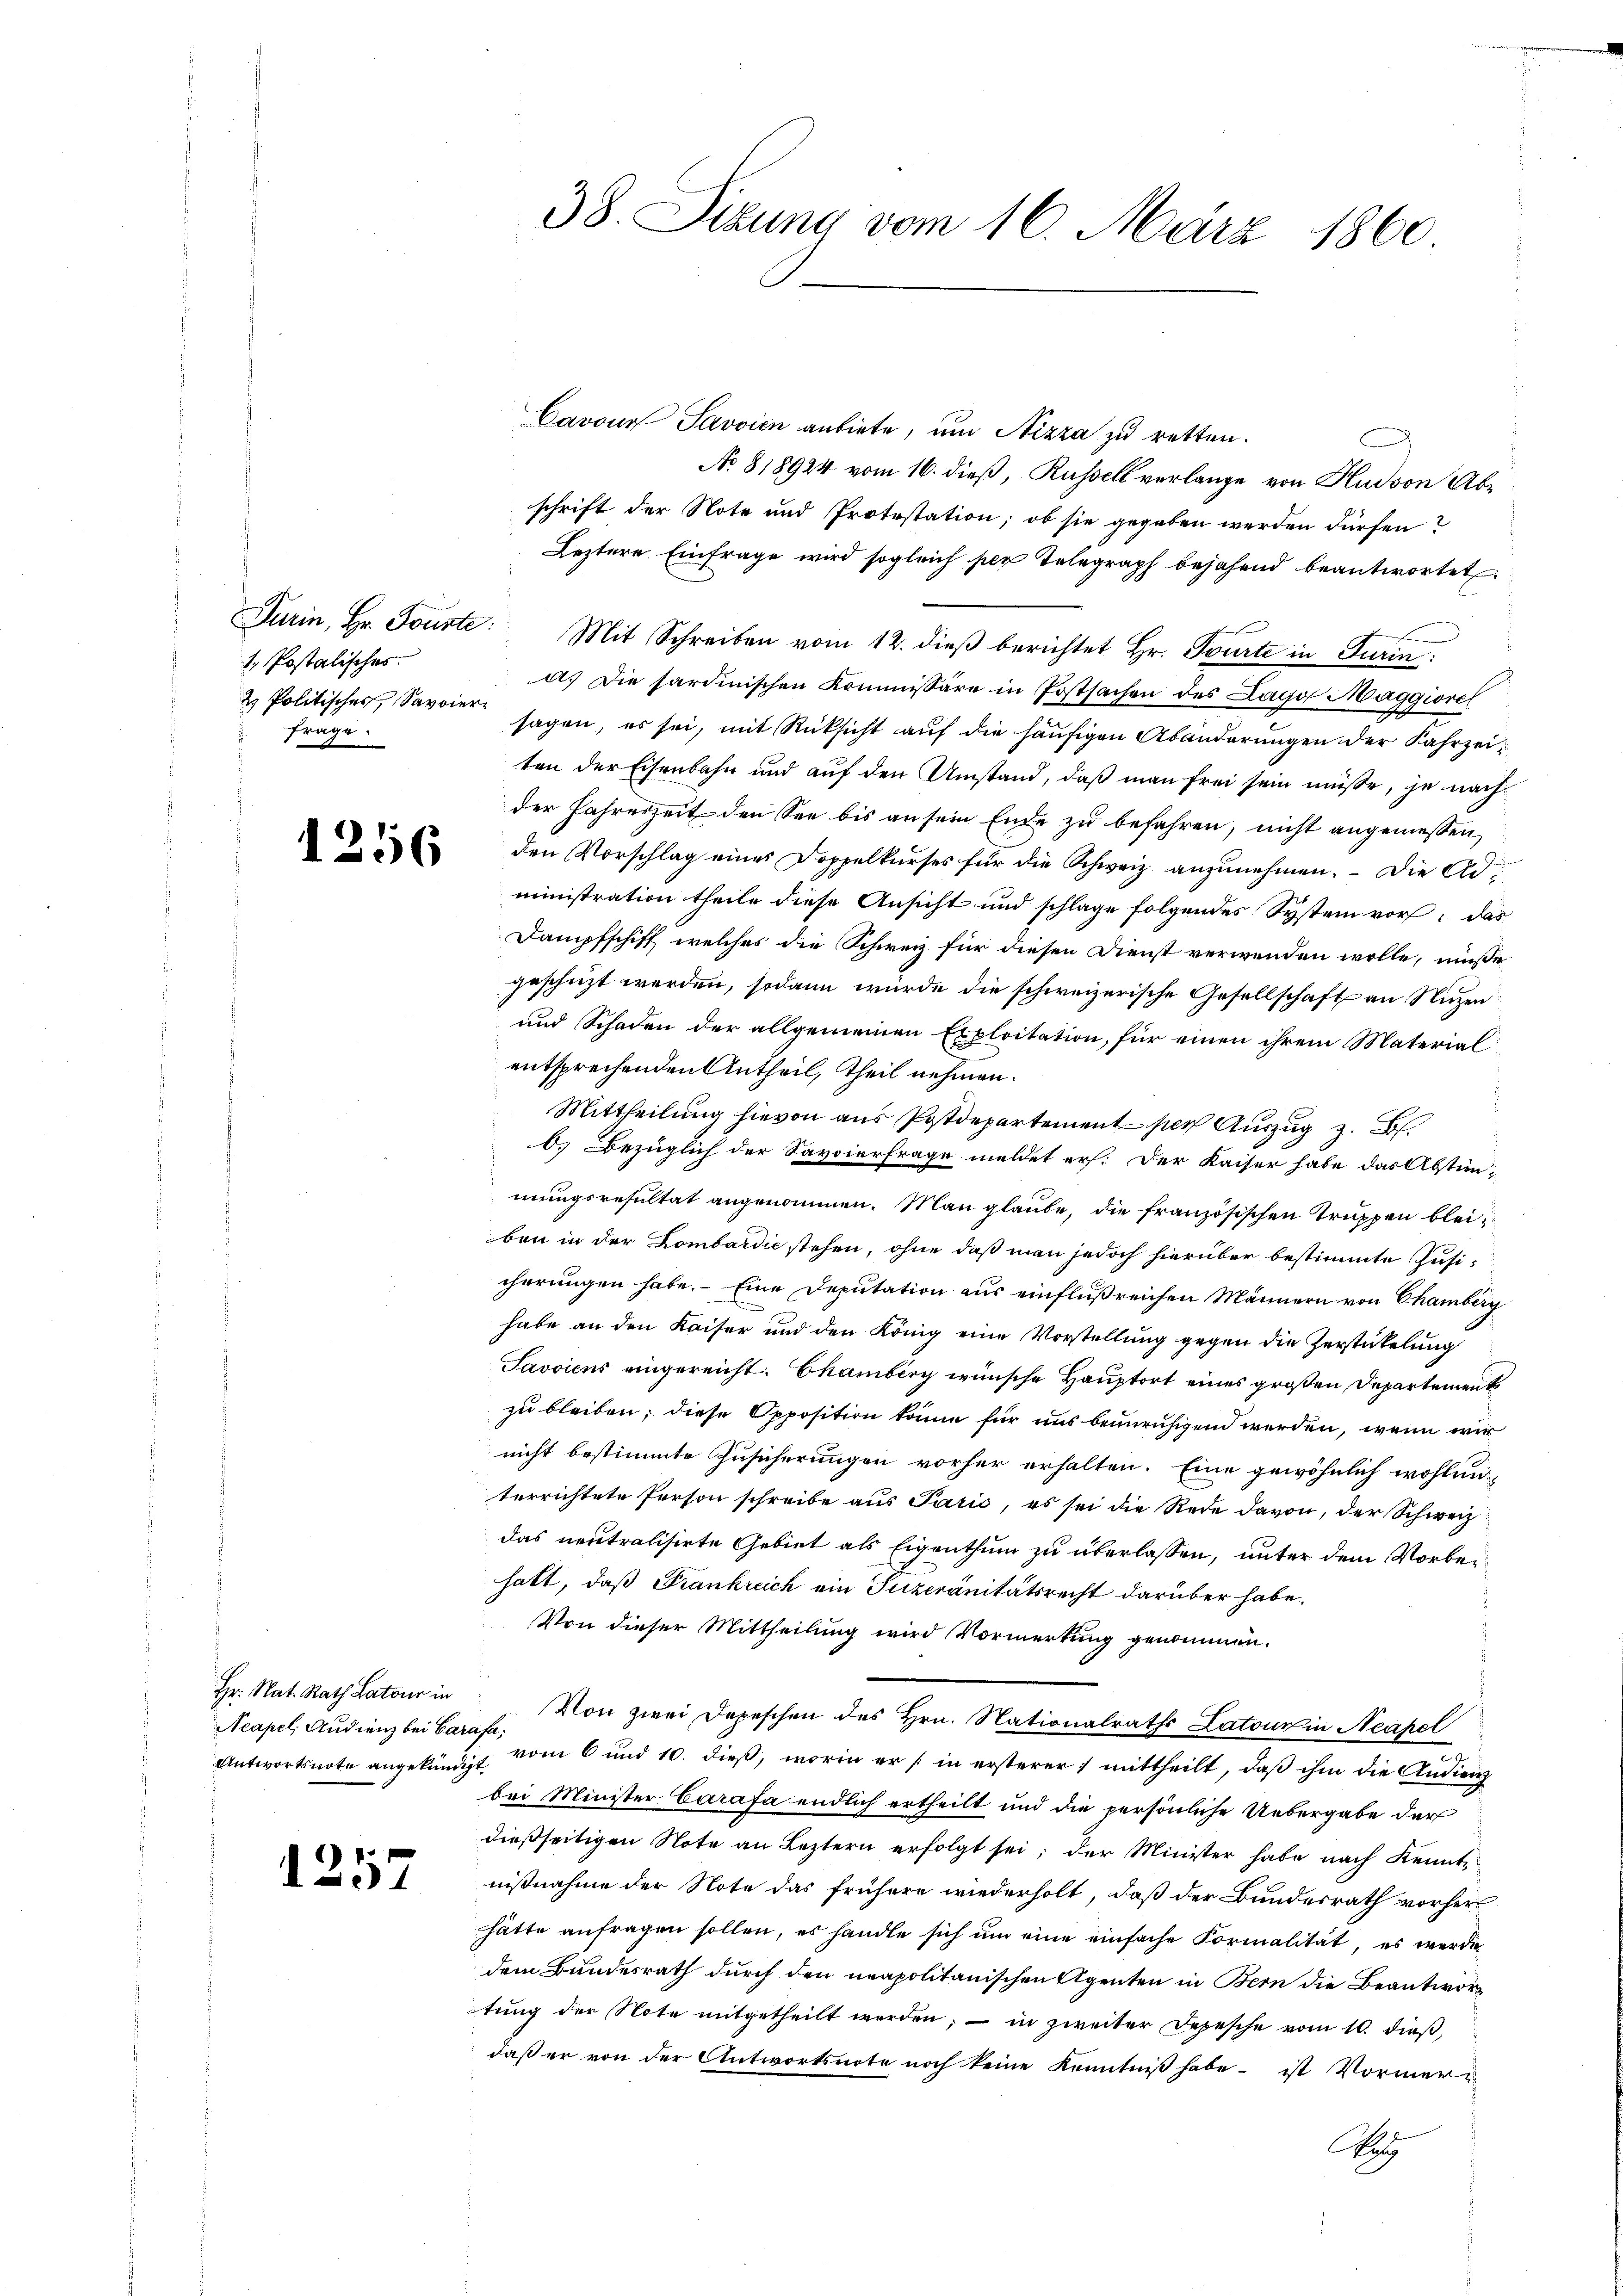
1. Postalisches.
frage.

1256

Hr. Nat. Rath Latour in
Neapel, Studienz bei Cari
Antwortsnote angekündig.

1257

38. Sitzung vom 16. März 1860

Cavour Pavvien anbiete, um Nizza zu retten.
No 818924 vom 16. dieß, Russell verlange von Hudson Abe
schrift der Note und Protestation; ob sie gegeben werden dürfen?
Leztere Einfrage wird sogleich per Telegraph bejahend beantwortet.
Turin, Hr. Forste: Mit Schreiben vom 12. dieβ berichtet Hr. Tourte in Turin
a. Die sardinischen Kommissäre in Postsachen des Lago Maggiorer
2. Politischer, Savoir sagen, es sei, mit Rücksicht aŭf die häufigen Abänderŭngen der Fahrzeiten der Eisenbahn und auf den Umstand, daß man frei sein müsse, je nach
der Jahreszeit den See bis an sein Ende zu befahren, nicht angemessen,
den Vorschlag eines Doppelkurses für die Schweiz anzunehmen. – Die Administration theile diese Ansicht und schlage folgendes System vor: das
Dampfschiff welches die Schweiz für diesen Dienst verwenden wolle, müsse
geschüzt werden, sodann würde die schweizerische Gesellschaft an Nuzen
und Schaden der allgemeinen Exploitation, für einen ihrem Materialentsprechenden Antheil, Theil nehmen.
Mittheilung hievon aus Postdepartement per Auszug z. B.
O. Bezüglich der Savoierfrage meldet erf. Der Kaiser habe das Abstimmungsresultat angenommen. Man glaube, die französischen Truppen bleiben in der Lombardie stehen, ohne daß man jedoch hierüber bestimmte Jusicherungen habe. Eine Deputation aus einflußreichen Männern von Chamberg
habe an den Kaiser und den König eine Vorstellung gegen die Zerstitelung
Javoicus eingereicht. Chamberg wünsche Hauptort eines großen Departement
zu bleiben; diese Opposition könne für uns beunruhigend werden, wenn wir
nicht bestimmte Zusicherungen vorher erhalten. Eine gewöhnlich wohlan-
terrichtete Person schreibe aus Paris, es sei die Rede davon, der Schweiz
das neutralisirte Gebiet als Eigenthum zu überlassen, unter dem Vorbehatt, daß Frankreich ein Tuzeränitätsrecht darüber habe.
Von dieser Mittheilung wird Vormerkung genommen.
. Von zwei Depeschen des Hrn. Nationalraths Latour in Neapel
 vom 6 und 10. dieβ, worin er in ersterer mittheilt, daβ ihm die Andien
bei Minister Carafa endlich ertheilt und die persönliche Uebergabe der
dießseitigen Note an Leztern erfolgt sei; der Minister habe nach Kennte
nißnahme der Note das frühere wiederholt, daß der Bundesrath vorher
hätte anfragen sollen, es handle sich ŭm eine einfache Formalität, es werde
dem Bundesrath durch den neapolitanischen Agenten in Bern die Beantwortung der Note mitgetheilt werden; — in zweiter Depesche vom 10. dieß,
daß er von der Antwortsnote noch keine Kenntniß habe - ist Vormer¬
Au